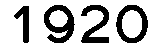
1920